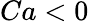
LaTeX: Ca<0